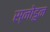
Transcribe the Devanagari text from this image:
स्नोडुन